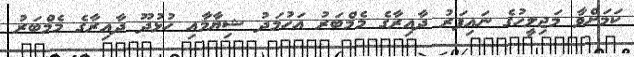
ކަމަށްވާ މަޖިލީހުގެ ނައިފަރު ދާއިރާގެ މެމްބަރު އަހުމަދު ޝިޔާމާއި ހުޅުދޫ ދާއިރާގެ މެމްބަރު